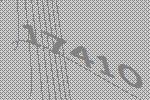
17410